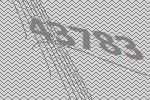
43783